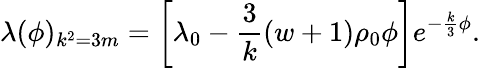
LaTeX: \lambda(\phi)_{k^{2}=3m}=\left[\lambda_{0}-{\frac{3}{k}}(w+1)\rho_{0}\phi\right]e^{-{\frac{k}{3}}\phi}.